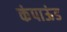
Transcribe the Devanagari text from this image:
कंपाऊंड